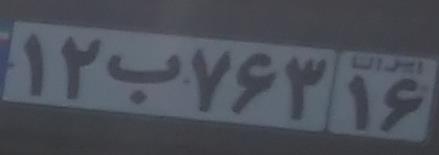
۱۲ب۷۶۳۱۶